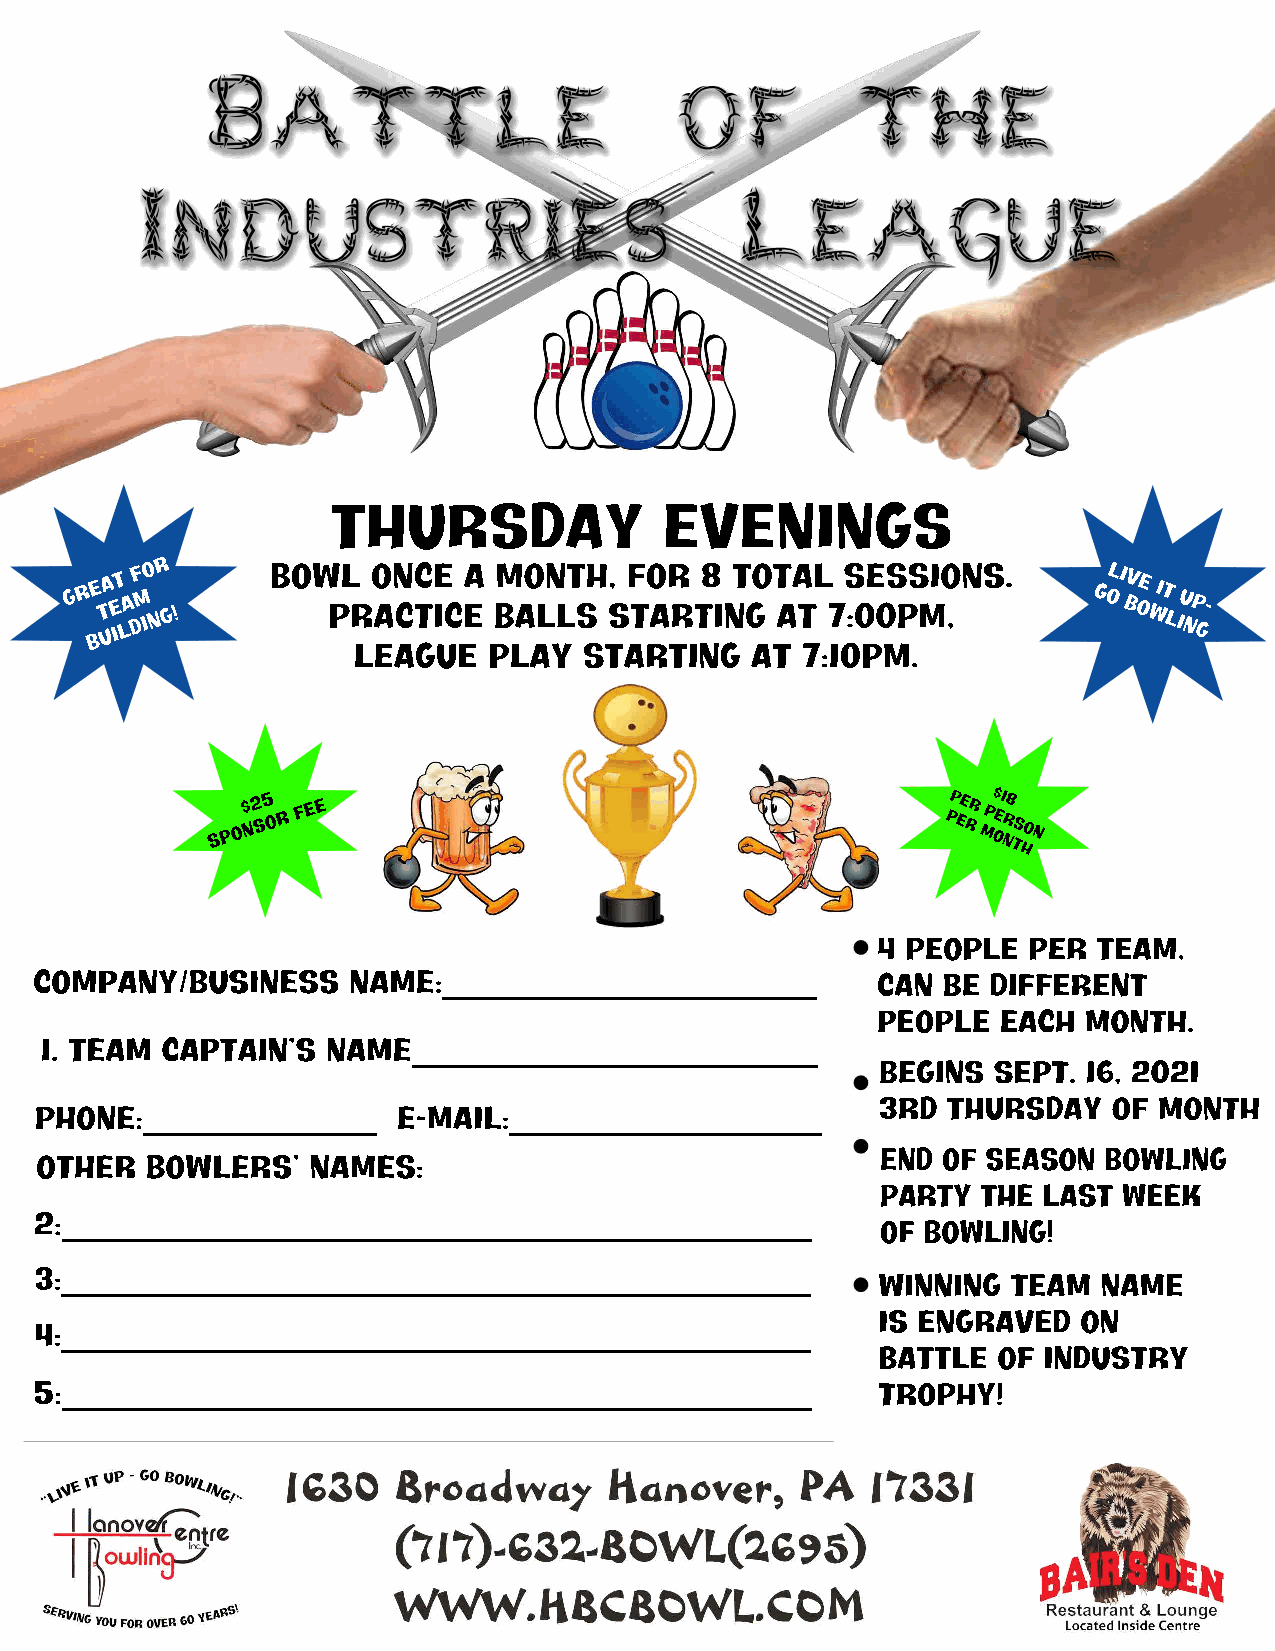
Thursday              Evenings
 Gr Be T ua e it la df m io nr g! Bow Pl r o aN cC tE ic ea bM aO lN lT sH , S F tO aR r t8 i nT gO T aA tL 7 S :0E 0S pS mIO ,NS. GoL i Bv oe w It l iU np g-
 League   Play   starting   at 7:10PM.
 Spo$ n2 s5 o r fee                              pp ee rr mp$ oe1 nr8
 ts hon
 4 people  per  team,
 Company/Business     Name:________________________      can be  different
 people  each  month.
 1. Team Captain’s  Name__________________________
 Begins  Sept. 16, 2021
 3rd  thursday   of month
 Phone:_______________   E-mail:____________________
 End of season  bowling
 Other   Bowlers’   Names:
 party  the last week
 2:________________________________________________
 of bowling!
 3:________________________________________________
 Winning  team  name
 is engraved   on
 4:________________________________________________
 battle  of industry
 5:________________________________________________      trophy!